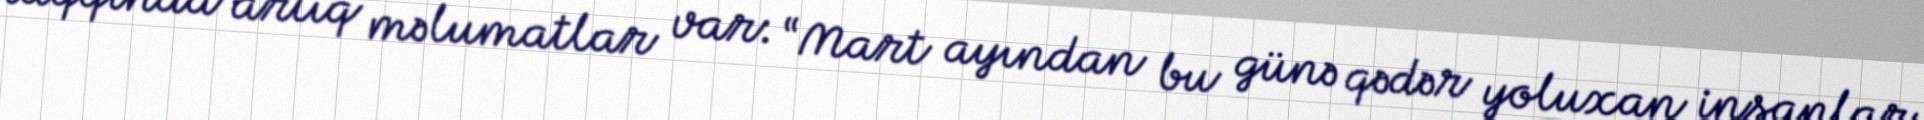
haqqında artıq məlumatlar var: “Mart ayından bu günə qədər yoluxan insanlar